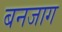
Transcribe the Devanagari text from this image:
बनजाग